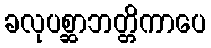
ခလုပစ္ဆာဘတ္တိကာပေ